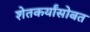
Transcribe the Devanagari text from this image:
शेतकर्यांसोबत